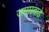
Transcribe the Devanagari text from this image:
जममदाडे